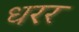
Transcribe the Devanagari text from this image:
धरर